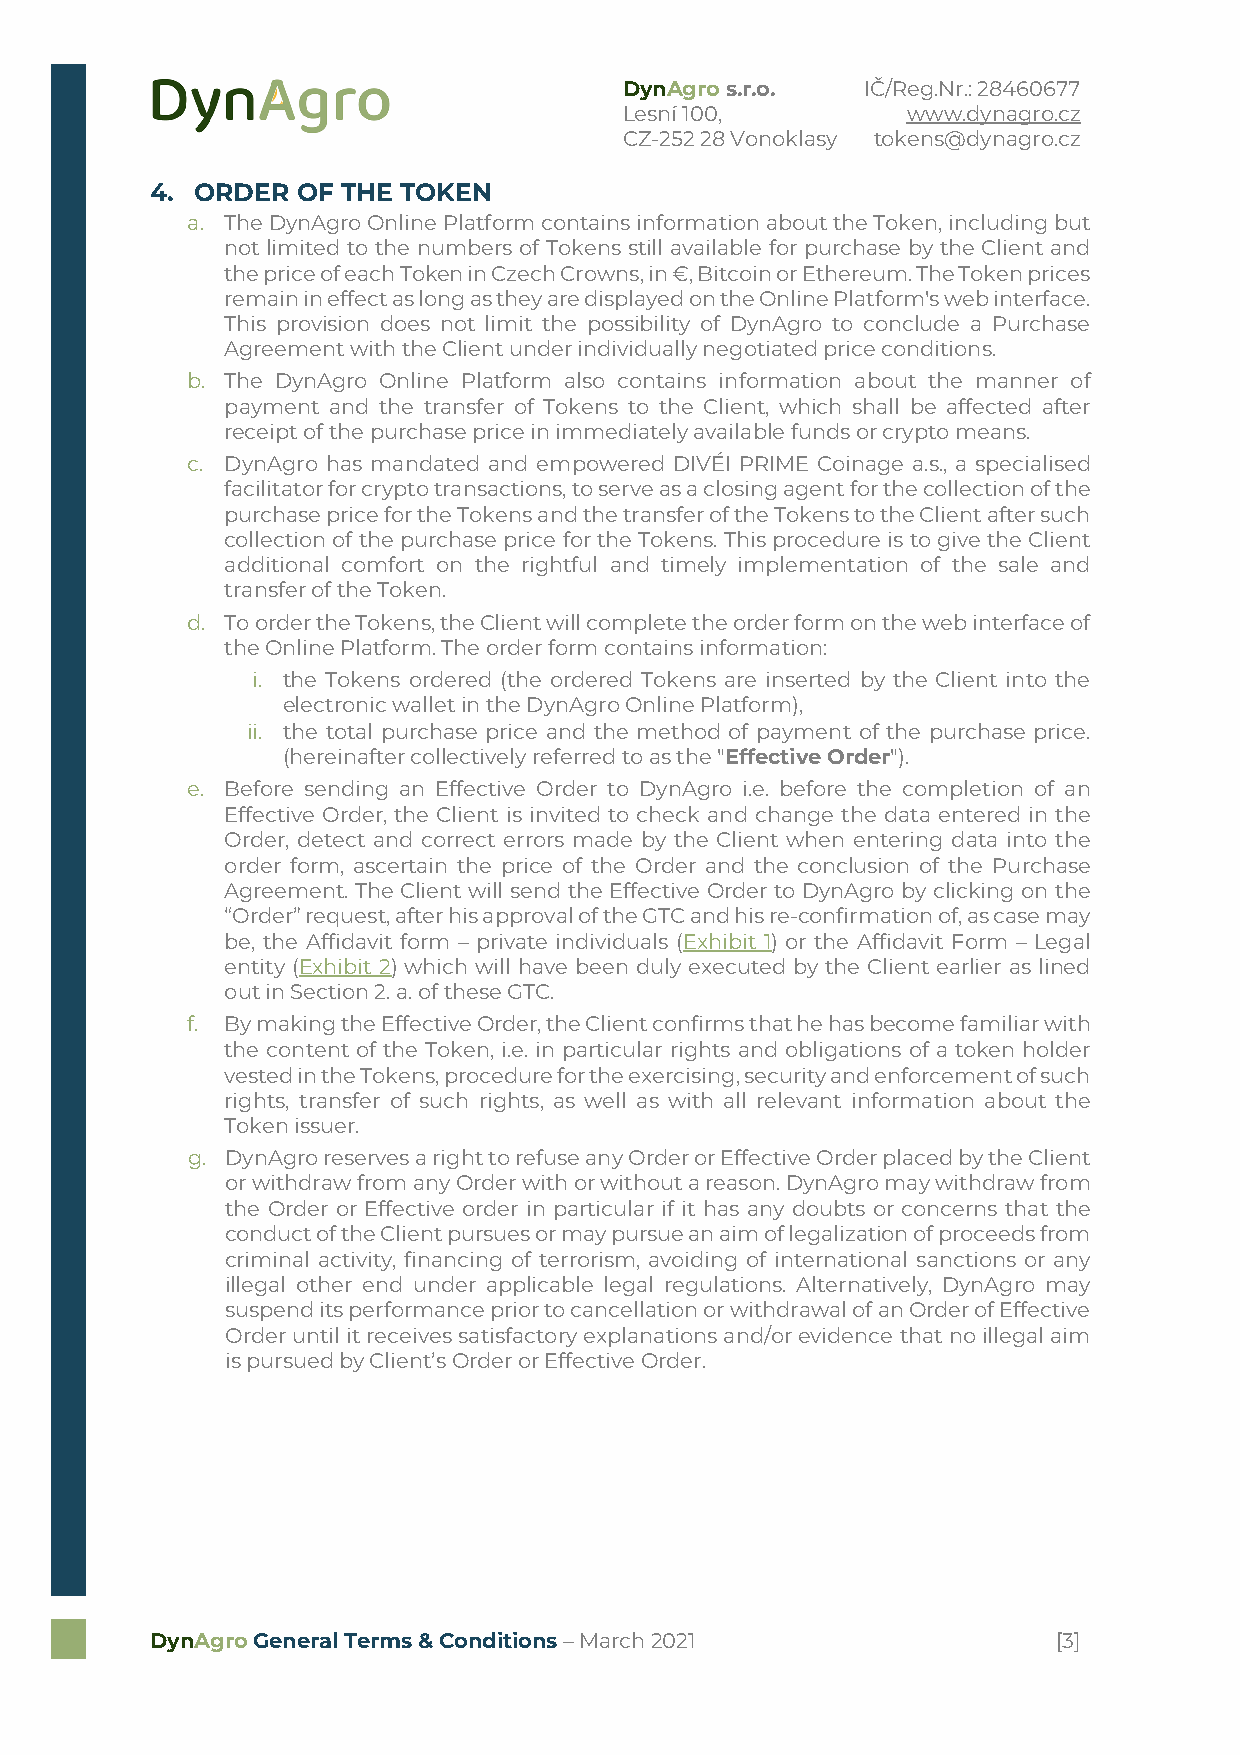
DynAgro s.r.o.  IČ/Reg.Nr.: 28460677
 Lesní 100,         www.dynagro.cz
 CZ-252 28 Vonoklasy tokens@dynagro.cz
 4. ORDER  OF THE TOKEN
 a. The DynAgro Online Platform contains information about the Token, including but
 not limited to the numbers of Tokens still available for purchase by the Client and
 the price of each Token in Czech Crowns, in €, Bitcoin or Ethereum. The Token prices
 remain in effect as long as they are displayed on the Online Platform's web interface.
 This provision does not limit the possibility of DynAgro to conclude a Purchase
 Agreement with the Client under individually negotiated price conditions.
 b. The DynAgro Online Platform also contains information about the manner of
 payment and the transfer of Tokens to the Client, which shall be affected after
 receipt of the purchase price in immediately available funds or crypto means.
 c. DynAgro has mandated and empowered DIVÉI PRIME Coinage a.s., a specialised
 facilitator for crypto transactions, to serve as a closing agent for the collection of the
 purchase price for the Tokens and the transfer of the Tokens to the Client after such
 collection of the purchase price for the Tokens. This procedure is to give the Client
 additional comfort on the rightful and timely implementation of the sale and
 transfer of the Token.
 d. To order the Tokens, the Client will complete the order form on the web interface of
 the Online Platform. The order form contains information:
 i. the Tokens ordered (the ordered Tokens are inserted by the Client into the
 electronic wallet in the DynAgro Online Platform),
 ii. the total purchase price and the method of payment of the purchase price.
 (hereinafter collectively referred to as the "Effective Order").
 e. Before sending an Effective Order to DynAgro i.e. before the completion of an
 Effective Order, the Client is invited to check and change the data entered in the
 Order, detect and correct errors made by the Client when entering data into the
 order form, ascertain the price of the Order and the conclusion of the Purchase
 Agreement. The Client will send the Effective Order to DynAgro by clicking on the
 “Order” request, after his approval of the GTC and his re-confirmation of, as case may
 be, the Affidavit form – private individuals (Exhibit 1) or the Affidavit Form – Legal
 entity (Exhibit 2) which will have been duly executed by the Client earlier as lined
 out in Section 2. a. of these GTC.
 f. By making the Effective Order, the Client confirms that he has become familiar with
 the content of the Token, i.e. in particular rights and obligations of a token holder
 vested in the Tokens, procedure for the exercising, security and enforcement of such
 rights, transfer of such rights, as well as with all relevant information about the
 Token issuer.
 g. DynAgro reserves a right to refuse any Order or Effective Order placed by the Client
 or withdraw from any Order with or without a reason. DynAgro may withdraw from
 the Order or Effective order in particular if it has any doubts or concerns that the
 conduct of the Client pursues or may pursue an aim of legalization of proceeds from
 criminal activity, financing of terrorism, avoiding of international sanctions or any
 illegal other end under applicable legal regulations. Alternatively, DynAgro may
 suspend its performance prior to cancellation or withdrawal of an Order of Effective
 Order until it receives satisfactory explanations and/or evidence that no illegal aim
 is pursued by Client’s Order or Effective Order.
 DynAgro General Terms & Conditions – March 2021             [3]